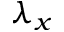
\lambda _ { x }